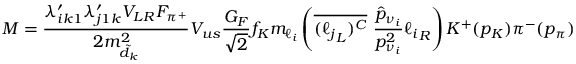
{ \cal M } = { \frac { \lambda _ { i k 1 } ^ { \prime } \lambda _ { j 1 k } ^ { \prime } V _ { L R } F _ { \pi ^ { + } } } { 2 m _ { \tilde { d } _ { k } } ^ { 2 } } } V _ { u s } \frac { G _ { F } } { \sqrt { 2 } } f _ { K } m _ { \ell _ { i } } \left( \overline { { { ( { \ell _ { j } } _ { L } ) ^ { C } } } } ~ { \frac { \hat { p } _ { \nu _ { i } } } { p _ { \nu _ { i } } ^ { 2 } } } { \ell _ { i } } _ { R } \right) K ^ { + } ( p _ { K } ) \pi ^ { - } ( p _ { \pi } )